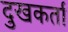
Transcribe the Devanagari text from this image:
दुखकर्ता